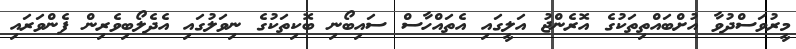
މީރުވަސްދުވާ އުށްބައްތިތަކުގެ އޮރެންޖު އަލީގައި އެތައްހާސް ސައިބޯނި ބޮކިތަކުގެ ނިވަލުގައި އެދެލޯބިވެރިން ފެންވަރައި